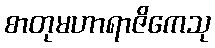
စာတုမဟာရာဇိကေသု